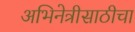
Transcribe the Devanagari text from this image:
अभिनेत्रीसाठीचा